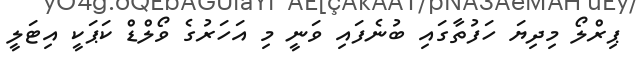
ޕިރްލޯ މިދިޔަ ހަފުތާގައި ބުނެފައި ވަނީ މި އަހަރުގެ ވޯލްޑް ކަޕަކީ އިޓަލީ